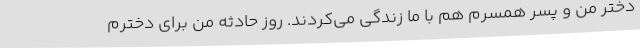
دختر من و پسر همسرم هم با ما زندگی می‌کردند. روز حادثه من برای دخترم